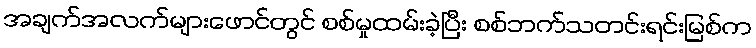
အချက်အလက်များဖောင်တွင် စစ်မှုထမ်းခဲ့ပြီး စစ်ဘက်သတင်းရင်းမြစ်က